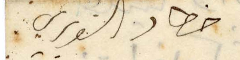
خطار الشويري